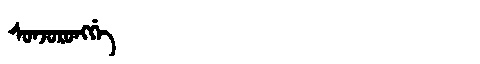
Manchu: ᠰᠣᠨᠵᠣᡵᠣᠩᡤᡝ
Romanization: SONJORONGGE